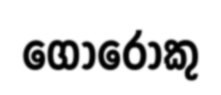
ගොරොකු